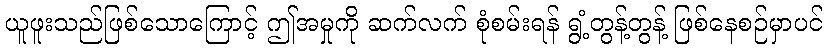
ယူဖူးသည်ဖြစ်သောကြောင့် ဤအမှုကို ဆက်လက် စုံစမ်းရန် ရွံ့တွန့်တွန့် ဖြစ်နေစဉ်မှာပင်